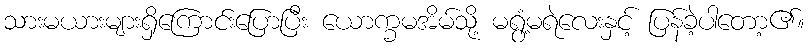
သားမယားများရှိကြောင်းပြောပြီး ယောက္ခမအိမ်သို့ မရွံ့မရဲလေးနှင့် ပြန်ခဲ့ပါတော့၏။